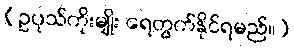
(ဥပုသ်ကိုးမျိုး ရေတွက်နိုင်ရမည်။)